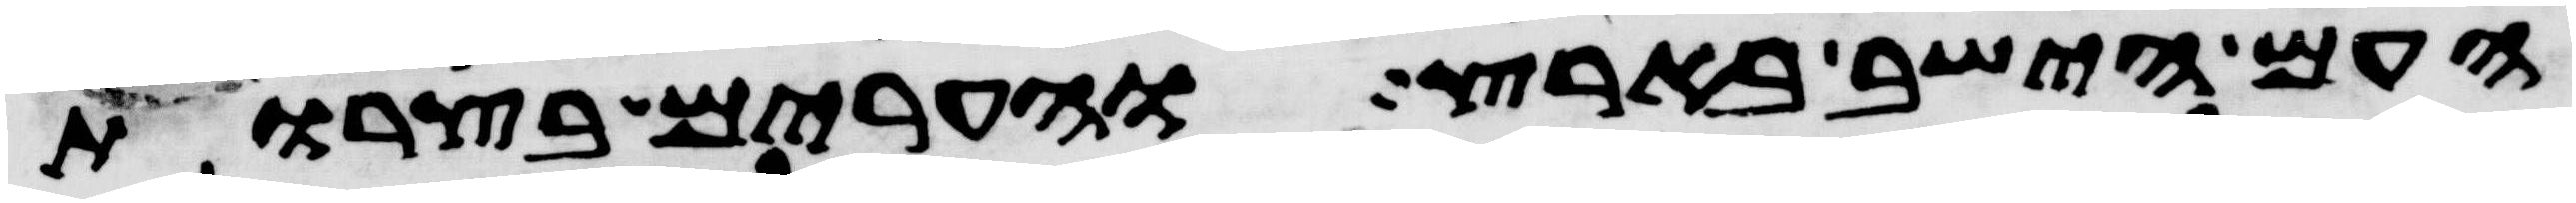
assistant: העם הישב בארץ והערים בצרות